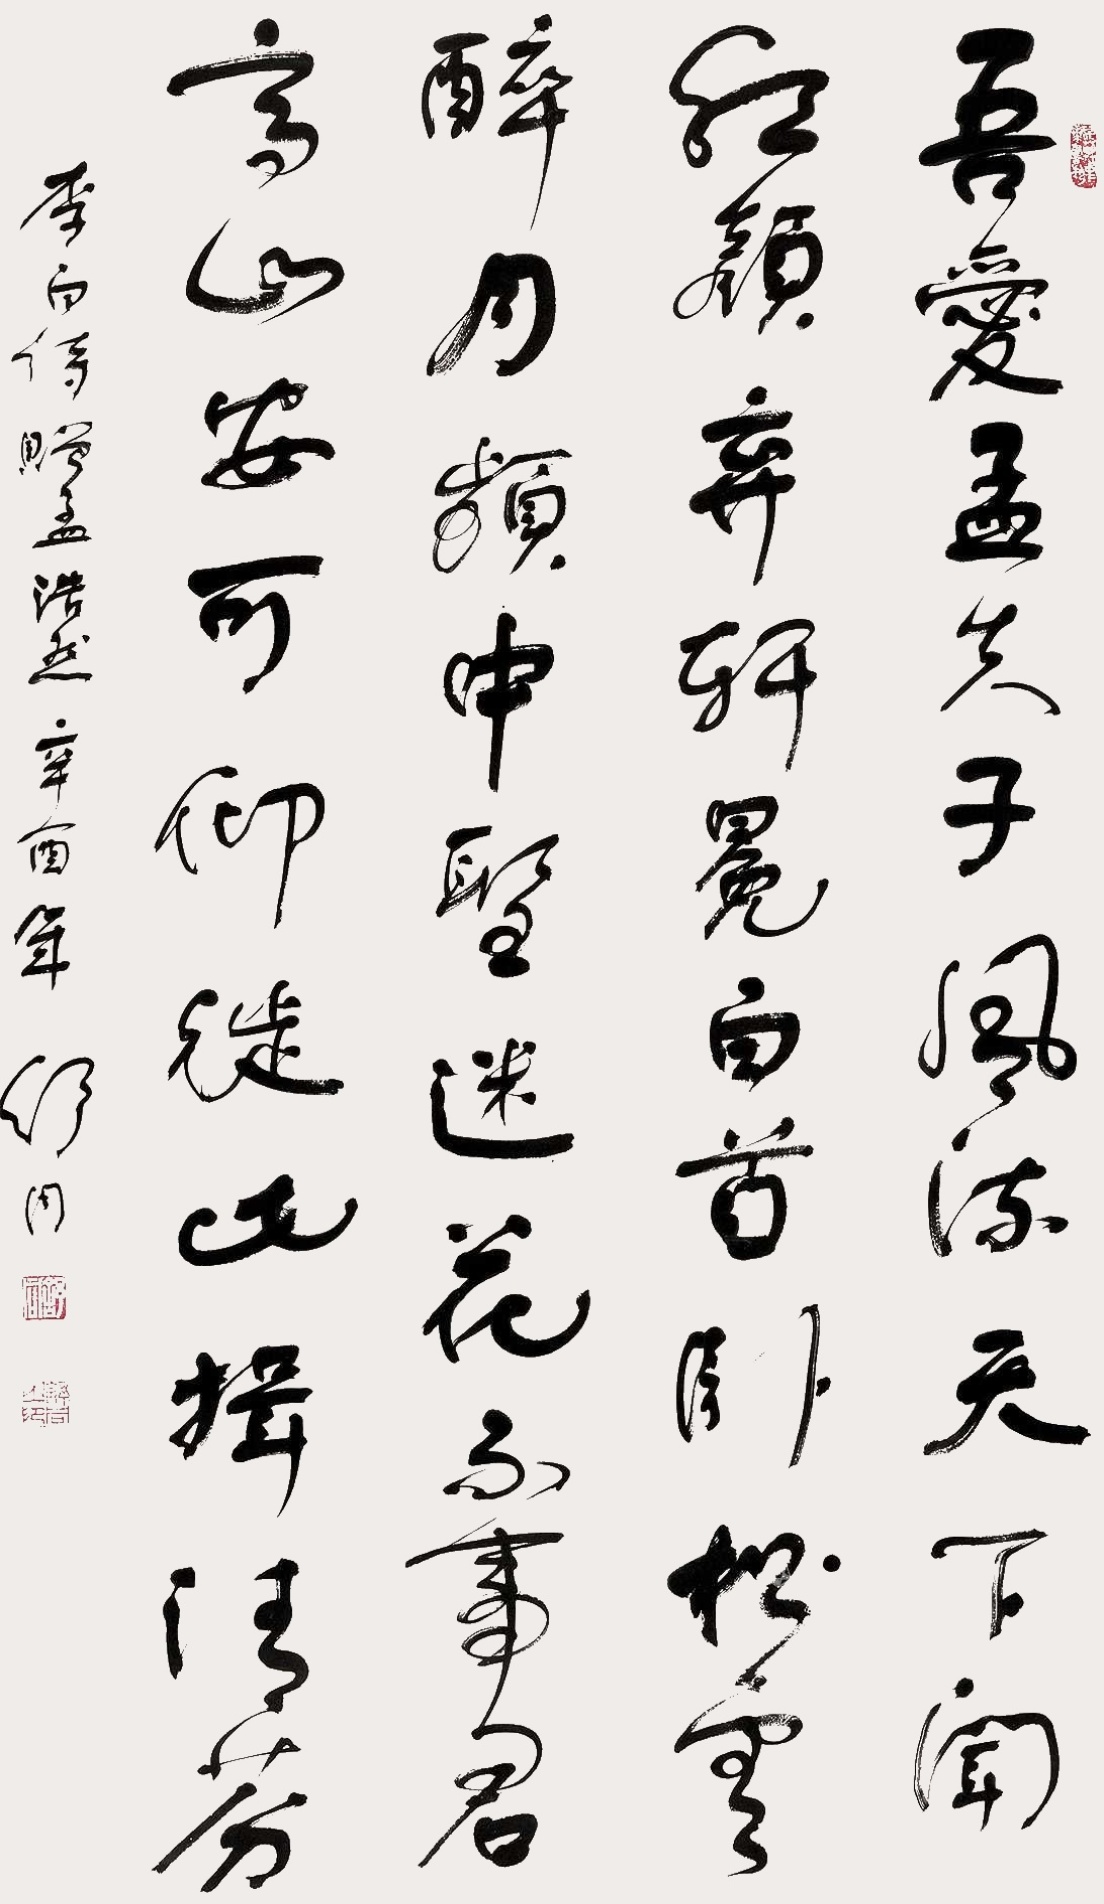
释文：吾爱孟夫子，风流天下闻。红颜弃轩冕，白首卧松云。醉月频中圣，迷花不事君。高山安可仰，徒此揖清芬。李白诗《赠孟浩然》，辛酉年，舒同。